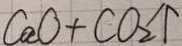
C a O + C O _ { 2 } \uparrow